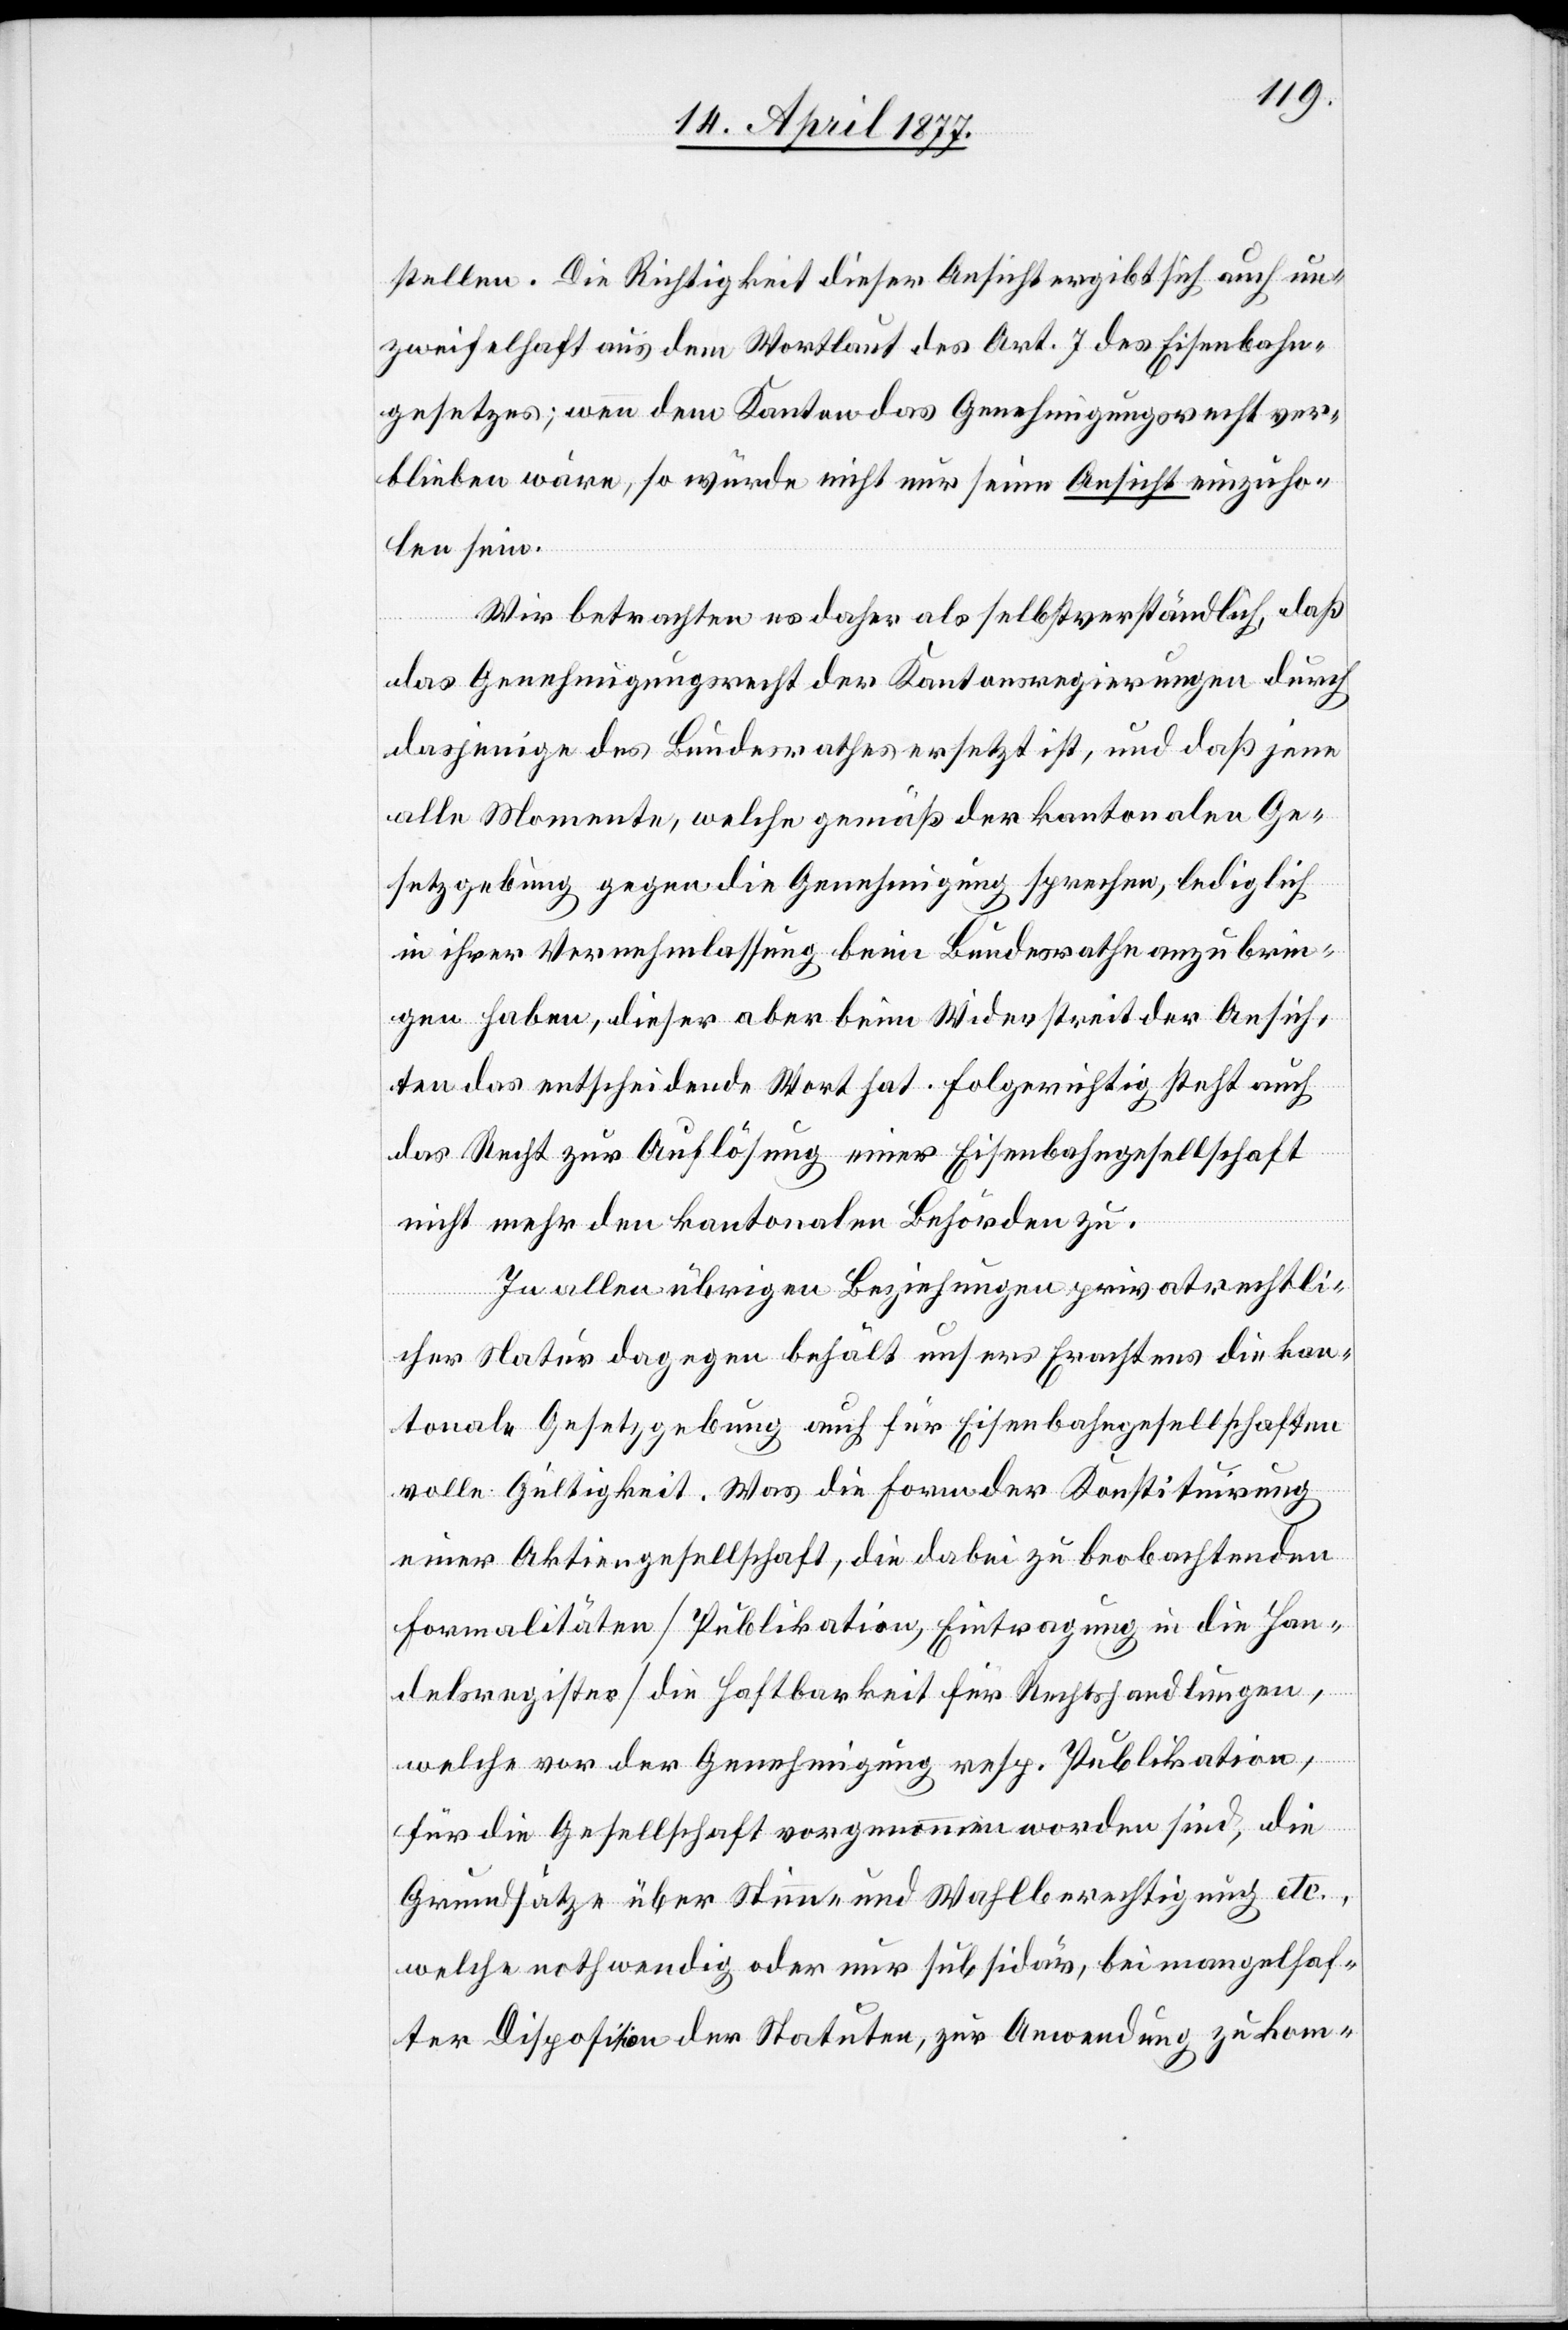
stellen. Die Richtigkeit dieser Ansicht ergibt sich auch un¬
zweifelhaft aus dem Wortlaut des Art. 7 des Eisenbahn¬
gesetzes; wenn dem Kanton das Genehmigungsrecht ver¬
blieben wäre, so würde nicht nur seine Ansicht einzuho¬
len sein.
Wir betrachten es daher als selbstverständlich, daß
das Genehmigungsrecht der Kantonsregierungen durch
dasjenige des Bundesrathes ersetzt ist, und daß jene
alle Momente, welche gemäß der kantonalen Ge¬
setzgebung gegen die Genehmigung sprechen, lediglich
in ihrer Vernehmlassung beim Bundesrathe anzubrin¬
gen haben, dieser aber beim Widerstreit der Ansich¬
ten des entscheidende Wort hat. Folgerichtig steht auch
das Recht zur Auflösung einer Eisenbahngesellschaft
nicht mehr den kantonalen Behörden zu.
In allen übrigen Beziehungen privatrechtli¬
cher Natur dagegen behält unsers Erachtens die kan¬
tonale Gesetzgebung auch für Eisenbahngesellschaften
volle Gültigkeit. Was die Form der Konstituirung
einer Aktiengesellschaft, die dabei zu beobachtenden
Formalitäten [Publikation, Eintragung in die Han¬
delsregister] die Haftbarkeit für Rechtshandlungen,
welche vor der Genehmigung resp. Publikation,
für die Gesellschaft vorgenommen worden sind, die
Grundsätze über Stimm- und Wahlberechtigung etc.,
welche nothwendig oder nur subsid[i]är, bei mangelhaf¬
ter Disposition der Statuten, zur Anwendung zu kom-